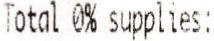
TOTAL 0% SUPPLIES: